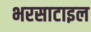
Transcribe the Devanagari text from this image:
भरसाटाइल